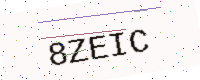
Text: 8ZEIC